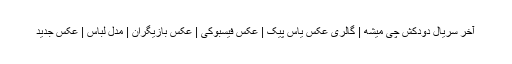
آخر سریال دودکش چی میشه | گالری عکس یاس پیک | عکس فیسبوکی | عکس بازیگران | مدل لباس | عکس جدید